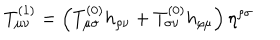
T _ { \mu \nu } ^ { ( 1 ) } = \left( T _ { \mu \sigma } ^ { ( 0 ) } h _ { \rho \nu } + T _ { \sigma \nu } ^ { ( 0 ) } h _ { \rho \mu } \right) \eta ^ { \rho \sigma }